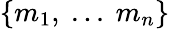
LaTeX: \{ m_{1},~...~m_{n}\}